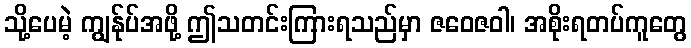
သို့ပေမဲ့ ကျွန်ုပ်အဖို့ ဤသတင်းကြားရသည်မှာ ဇဝေဇဝါ၊ အစိုးရတပ်ကူတွေ